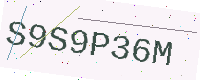
Text: S9S9P36M